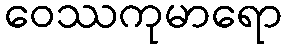
ဝေဿကုမာရော